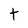
Character: t